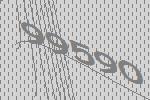
99590